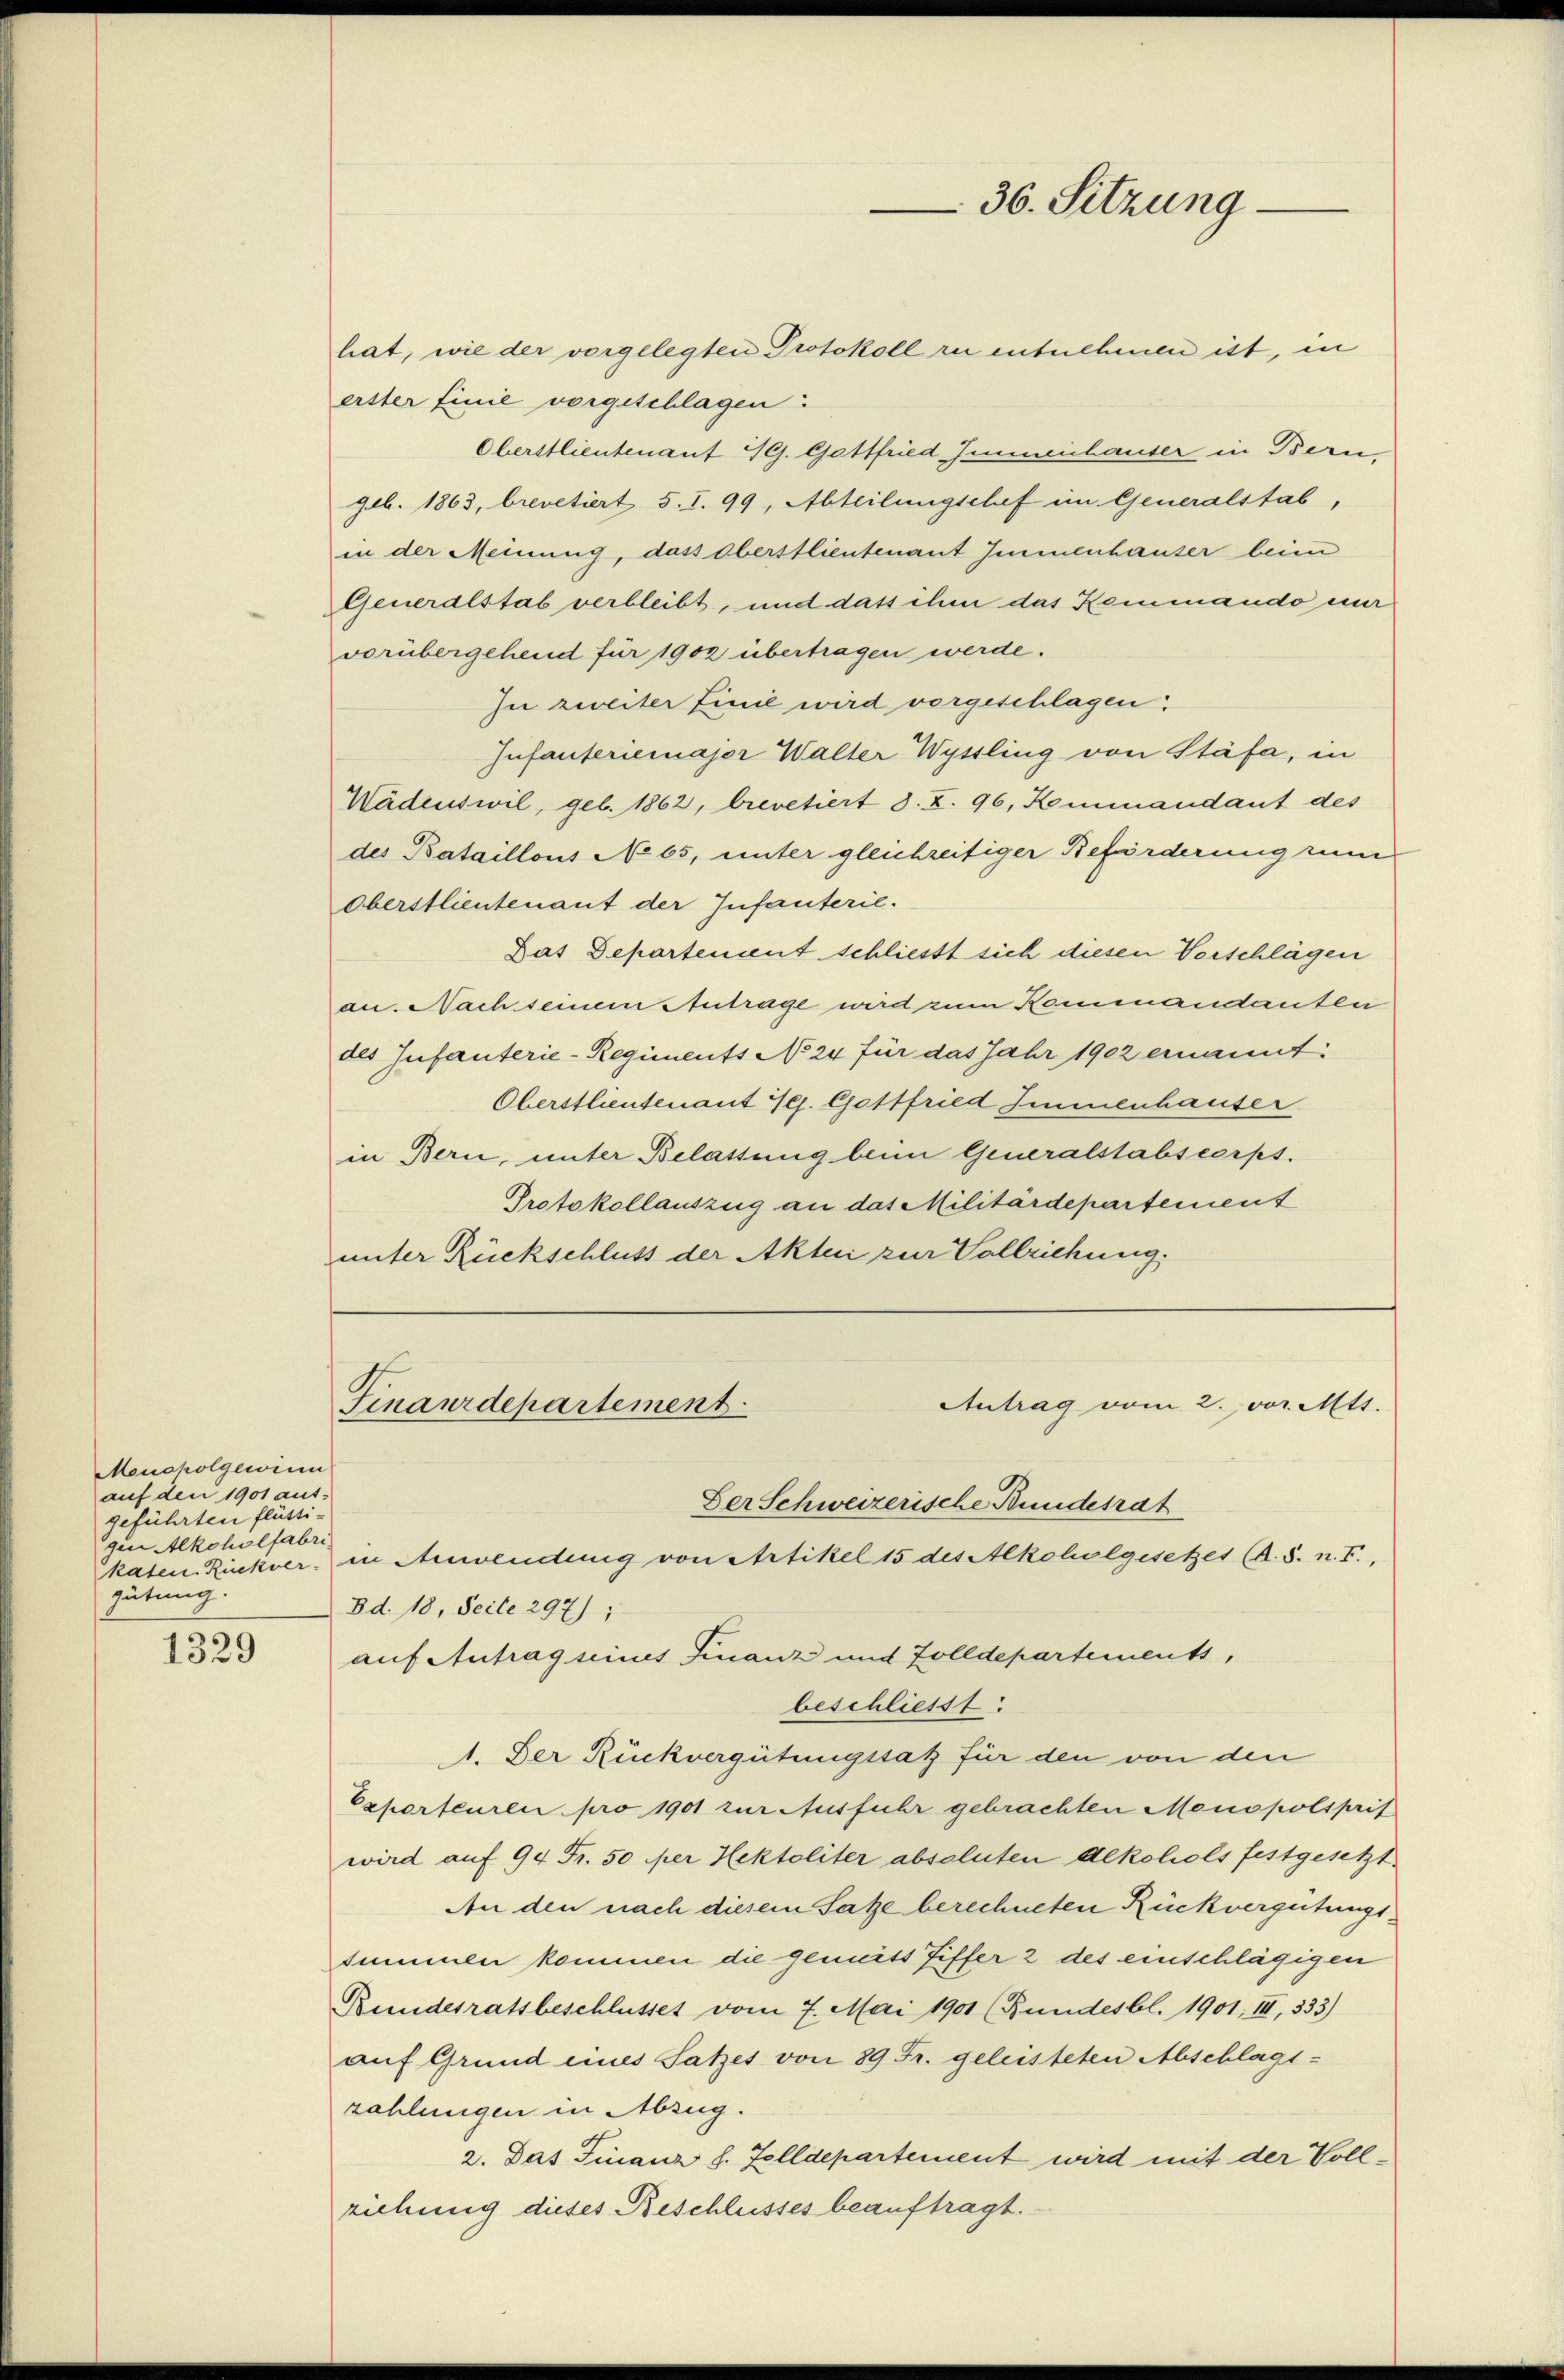
Moucholgewinn
auf den 1901 aus-
geführten flatte
gen Alkoholfabri
gütung.

1329

hat, wie der vorgelegten Protokoll zu entnehmen ist, in
etter finie vorgeschlagen:
Oberstlieutenant SG. Gottfried Immenhauser in Bern,
geb. 1863, brevetiert 5. I. 99, Abteilungschaf im Generalstab,
in der Meinung, dass Oberstlieutenant Immenhauser beim
Generalstab verbleibt, und dass ihm das Kommando mir
vorübergehend für 1902 übertragen werde.
In zweiter Linie wird vorgeschlagen.
Infanteriemajor Walter Wyssling von Stäfa, in
Wädenswil, geb. 1862, brevetiert s. Z. 96, Kommandant des
des Bataillons No 65, unter gleichzeitiger Beförderung zum
Oberstlieutenant der Infanterie.
Das Departement schliesst sich diesen Vorschlägen
an. Nach seinem Antrage wird zum Kommandanten
des Infanterie-Regiments No 24 für das Jahr 1902 ernannt:
Oberstlieutenant Ges. Gottfried Immenhauser
in Bern, unter Belassung beim Generalstabscorps.
Protokollauszug an das Militärdepartement
unter Rückschluss der Akten zur Vollziehung

Antrag vom 2. vor. Mtt.
Der Schweizerische Bundesrat
katen Rückver, in Anwendung von Artikel 15 des Alkoholgesetzes (A.S. n. F.,
Bd. 18, Seite 297);
auf Antrag seines Finanz und Zolldepartements,
beschliesst:
1. Der Rückvergütungssatz für den von den
Exporteuren pro 1901 zur Ausfuhr gebrachten Monopolsprif
wird auf 94 Fr. 50 per Hektoliter absoluten Alkohols festgesetzt.
An den nach diesem Satze berechneten Rückvergütungssummen kommen die gemüts Tiffer 2 des einschlägigen
Bundesratsbeschlusset vom 7. Mai 1901 (Bundesbl. 1901, III, 333)
auf Grund eines Satzes von 89 Fr. geleisteten Abschlags-
zahlungen in Abzug.
2. Das Finanz h. Telldepartement wird mit der Vollziehung dieses Beschlusses beauftragt.

Finanzdepartement

36. Sitzung